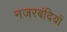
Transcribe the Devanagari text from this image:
नजरबंदियों